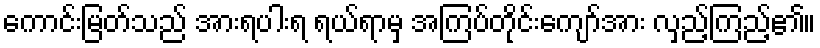
ကောင်းမြတ်သည် အားရပါးရ ရယ်ရာမှ အကြပ်တိုင်းကျော်အား လှည့်ကြည့်၏။